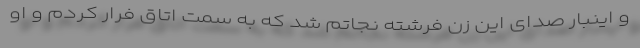
و اینبار صدای این زن فرشته نجاتم شد که به سمت اتاق فرار کردم و او